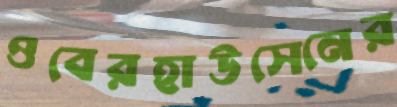
ওবেরহাউসেনের